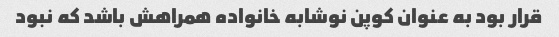
قرار بود به عنوان کوپن نوشابه خانواده همراهش باشد که نبود